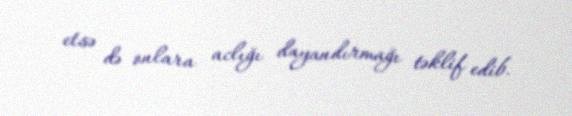
etsə də onlara aclığı dayandırmağı təklif edib.